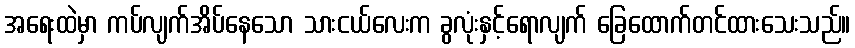
အရေးထဲမှာ ကပ်လျက်အိပ်နေသော သားငယ်လေးက ခွလုံးနှင့်ရောလျက် ခြေထောက်တင်ထားသေးသည်။